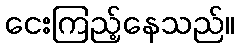
ငေးကြည့်နေသည်။